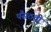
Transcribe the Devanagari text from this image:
पैंसठवीं